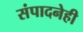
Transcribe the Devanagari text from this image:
संपादनेही